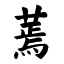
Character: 蔫